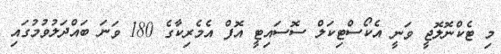
މި ޓެކްނޮލޮޖީ ވަނީ އެކޯސްޓިކަލް ސޮސައިޓީ އޮފް އެމެރިކާގެ 180 ވަނަ ބައްދަލުވުމުގައި